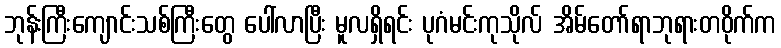
ဘုန်းကြီးကျောင်းသစ်ကြီးတွေ ပေါ်လာပြီး မူလရှိရင်း ပုဂံမင်းကုသိုလ် အိမ်တော်ရာဘုရားတဝိုက်က